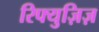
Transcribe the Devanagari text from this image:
रिफ्युज़िज़